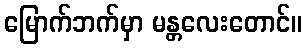
မြောက်ဘက်မှာ မန္တလေးတောင်။